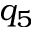
q _ { 5 }